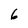
Character: 6